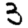
Digit: 3